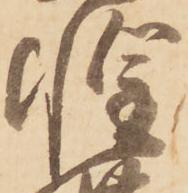
惶